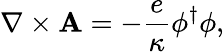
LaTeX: {\mathbf\nabla}\times{\mathbf A}=-\frac{e}{\kappa}\phi^{\dagger}\phi,